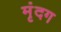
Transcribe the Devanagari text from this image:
मृंदग